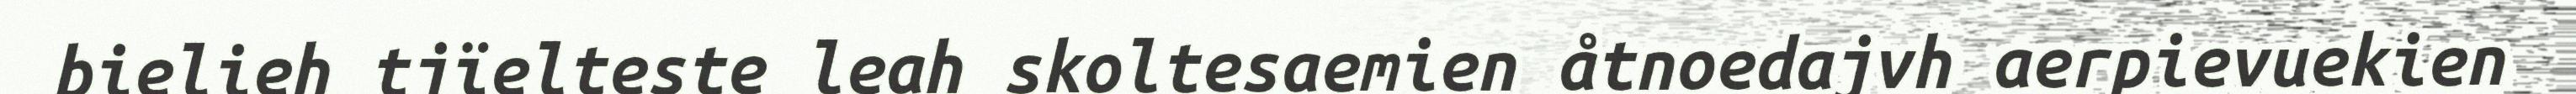
bielieh tjïelteste leah skoltesaemien åtnoedajvh aerpievuekien